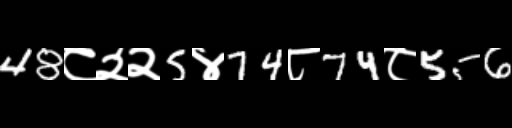
Text: 48८२२5४74८74८556